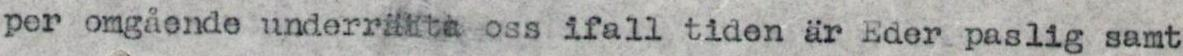
per omgående underrätta oss ifall tiden är Eder paslig samt